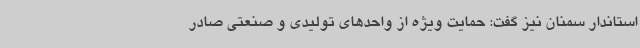
استاندار سمنان نیز گفت: حمایت ویژه از واحدهای تولیدی و صنعتی صادر